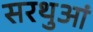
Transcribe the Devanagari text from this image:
सरथुआं